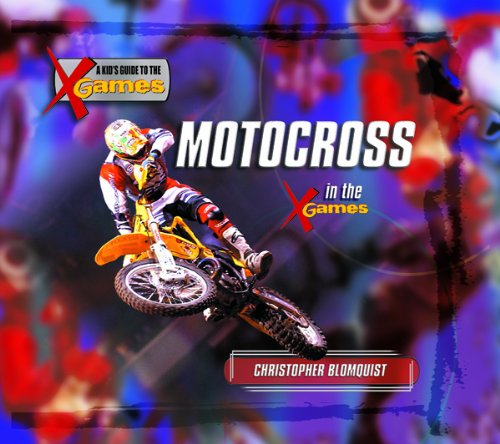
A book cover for Motocross in the X Games (Kid's Guide to the X Games); Christopher Blomquist; Children's Books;